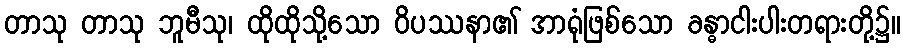
တာသု တာသု ဘူမီသု၊ ထိုထိုသို့သော ဝိပဿနာ၏ အာရုံဖြစ်သော ခန္ဓာငါးပါးတရားတို့၌။